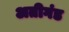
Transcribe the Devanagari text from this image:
अतीगंड